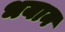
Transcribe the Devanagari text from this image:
भयान